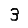
Digit: 3